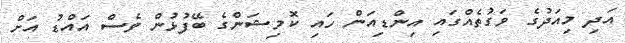
އަދި މިއަދުގެ ވަގުތެއްގައި އިންޑިއަން ހައި ކޮމިޝަންގެ ބޭފުޅުން ވެސް އައްޑު އަށް